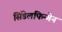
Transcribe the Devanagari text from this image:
सिंडेलफिन्गेन